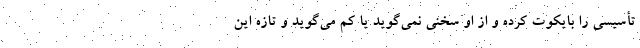
تأسیسی را بایکوت کرده و از او سخنی نمی‌گوید یا کم می‌گوید و تازه این